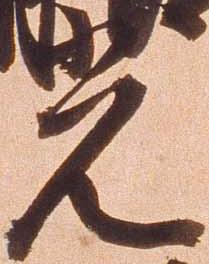
光